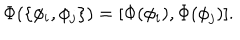
\Phi ( \{ \phi _ { i } , \phi _ { j } \} ) = [ \Phi ( \phi _ { i } ) , \Phi ( \phi _ { j } ) ] .